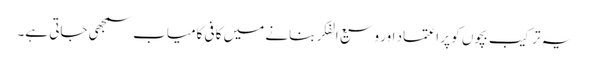
یہ ترکیب بچوں کو پر اعتماد اور وسیع الفکر بنانے میں کافی کامیاب سمجھی جاتی ہے۔